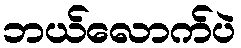
ဘယ်လောက်ပဲ